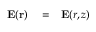
\begin{array} { r l r } { { \bf E } ( { \bf r } ) } & { { } = } & { { \bf E } ( r , z ) } \end{array}